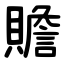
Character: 贍